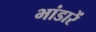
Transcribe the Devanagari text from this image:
भांडारें